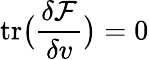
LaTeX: \mathrm{tr}\big(\frac{\delta\mathcal{F}}{\delta v}\big)=0